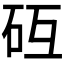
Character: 𰦧